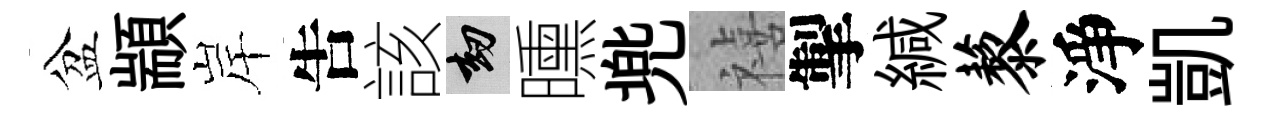
盆顓岸吿該劫曛兠禧掣緘藜淨凱